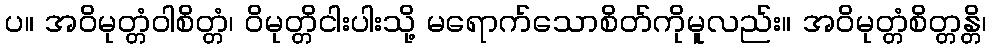
ပ။ အဝိမုတ္တံဝါစိတ္တံ၊ ဝိမုတ္တိငါးပါးသို့ မရောက်သောစိတ်ကိုမူလည်း။ အဝိမုတ္တံစိတ္တန္တိ၊